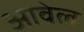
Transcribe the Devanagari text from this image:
आवेल